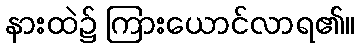
နားထဲ၌ ကြားယောင်လာရ၏။